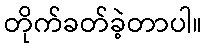
တိုက်ခတ်ခဲ့တာပါ။